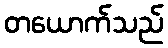
တယောက်သည်